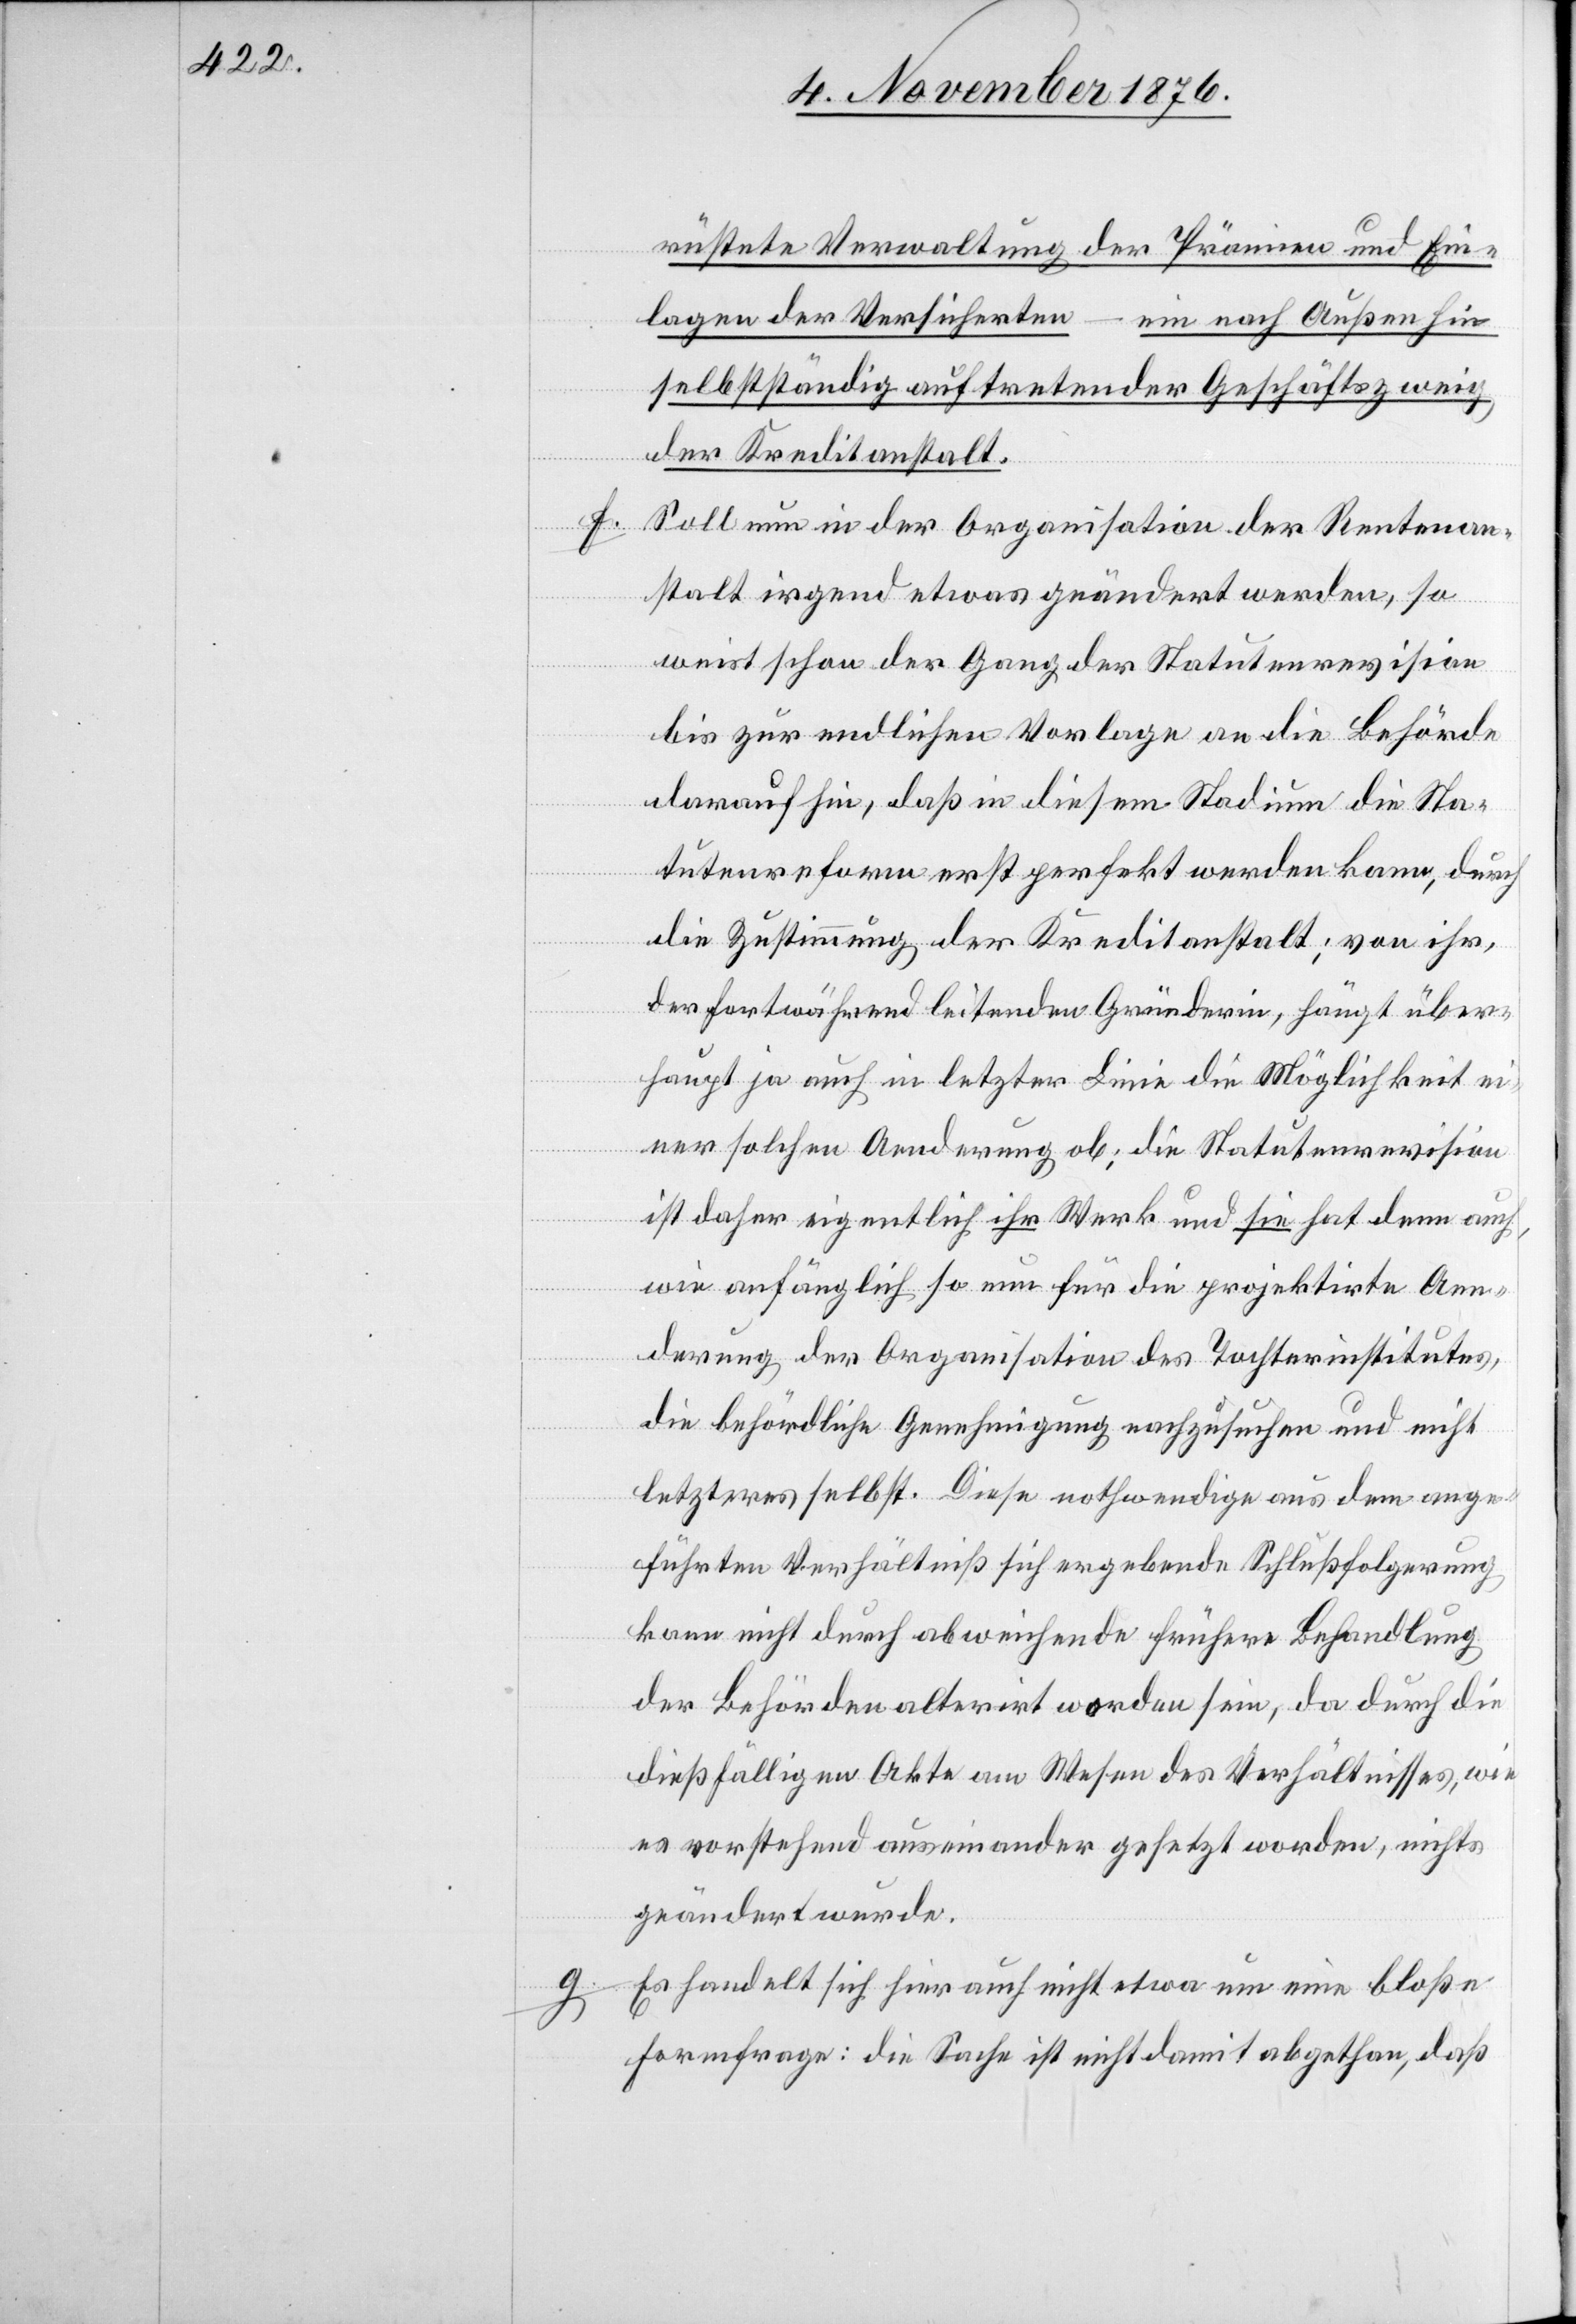
rüstete Verwaltung der Prämien und Ein¬
lagen der Versicherten
ein nach Außen hin
selbstständig auftretender Geschäftszweig
der Kreditanstalt.
Soll nun in der Organisation der Rentenan¬
stalt irgend etwas geändert werden, so
weist schon der Gang der Statutenrevision
bis zur endlichen Vorlage an die Behörde
darauf hin, daß in diesem Stadium die Sta¬
tutenreform erst perfekt werden kann, durch
die Zustimmung der Kreditanstalt; von ihr,
der fortwährend leitenden Gründerin, hängt über¬
haupt ja auch in letzter Linie die Möglichkeit ei¬
ner solchen Aenderung ob [recte: ab]; die Statutenrevision
ist daher eigentlich ihr Werk und sie hat denn auch,
wie anfänglich so nun für die projektirte Aen¬
derung der Organisation des Tochterinstitutes,
die behördliche Genehmigung nachzusuchen und nicht
letzteres selbst. Diese nothwendige aus dem ange¬
führten Verhältniß sich ergebende Schlußfolgerung
kann nicht durch abweichende frühere Behandlung
der Behörden alterirt worden sein, da durch die
dießfälligen Akte am Wesen des Verhältnisses, wie
es vorstehend auseinander gesetzt worden, nichts
geändert wurde.
g. Es handelt sich hier auch nicht etwa um eine bloße
Formfrage; die Sache ist nicht damit abgethan, daß